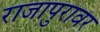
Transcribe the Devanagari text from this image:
राजापुरावर